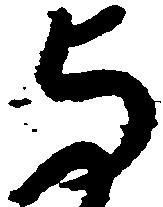
与